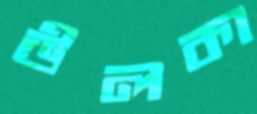
উলকা